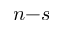
n { - } s